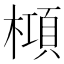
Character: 𬄝